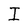
Character: I